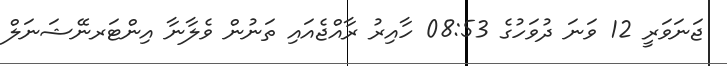
ޖަނަވަރީ 12 ވަނަ ދުވަހުގެ 08:53 ހާއިރު ރާއްޖެއައި ތަނުން ވެލާނާ އިންޓަރނޭޝަނަލް